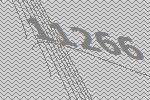
11266